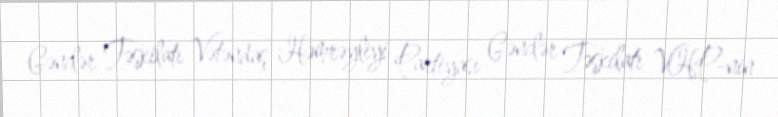
Gənclər Təşkilatı Vətəndaş Həmrəyliyi Partiyası Gənclər Təşkilatı VHP-nin